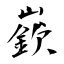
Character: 嶔